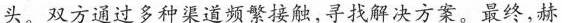
头。双方通过多种渠道频繁接触，寻找解决方案。最终，赫